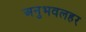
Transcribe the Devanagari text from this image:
अनुभवलहर